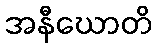
အနီဃောတိ